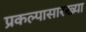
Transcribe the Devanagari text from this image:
प्रकल्पासारख्या